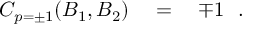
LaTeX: C _ { p = \pm 1 } ( B _ { 1 } , B _ { 2 } ) \quad = \quad \mp 1 \ \ .